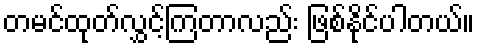
တမင်ထုတ်လွှင့်ကြတာလည်း ဖြစ်နိုင်ပါတယ်။